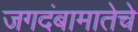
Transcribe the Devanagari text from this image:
जगदंबामातेचे